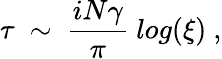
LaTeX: \tau~\sim~{\frac{iN\gamma}{\pi}}~log(\xi)\ ,